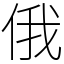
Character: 俄